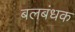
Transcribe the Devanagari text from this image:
बलबंधक